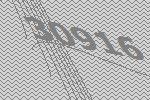
30916